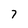
Character: 7